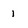
Character: 1